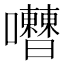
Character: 𡅰